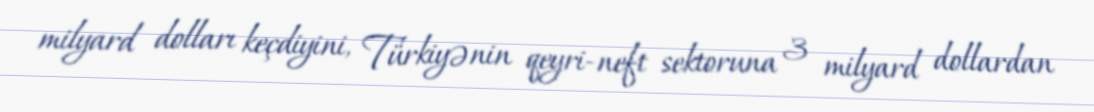
milyard dolları keçdiyini, Türkiyənin qeyri-neft sektoruna 3 milyard dollardan